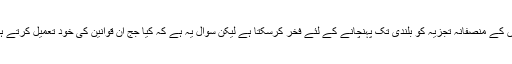
ہندوستانی سپریم کورٹ، انتظامی کاموں کے منصفانہ تجزیہ کو بلندی تک پہنچانے کے لئے فخر کرسکتا ہے لیکن سوال یہ ہے کہ کیا جج ان قوانین کی خود تعمیل کرتے ہیں جن کا وہ خود ہی تجزیہ کرتے ہیں؟